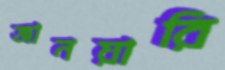
জানয়ারি